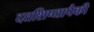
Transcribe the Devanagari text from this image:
दत्तशिष्यापैकी